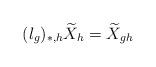
LaTeX: \begin{align*}(l_g)_{\ast,h} \widetilde{X}_h=\widetilde{X}_{gh}\end{align*}